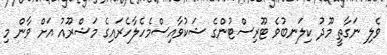
ވެލި ނަގާތީ މޫދު ކިލަނބުވެ ޓޫރިސްޓުންގެ ޝަކުވާއިސްމެހެލާހެރައިގެ މަޝްރޫއު އަށް ވާން މި